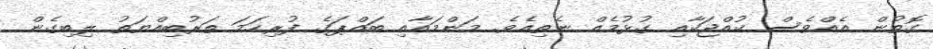
ގޮތުން އެއްވެސް ކުއްޖަކާއި ގުޅުމެއް ނެތިއެވެ. މަންމައާއި ބައްޕަގެ ފުރިހަމަ ތަރުބިއްޔަތު ލިބިގެން